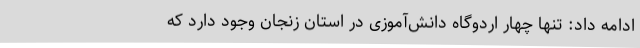
ادامه داد: تنها چهار اردوگاه دانش‌آموزی در استان زنجان وجود دارد که